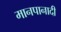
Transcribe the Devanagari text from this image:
मानपानादी